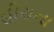
હીરાના